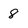
Character: 8